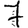
Digit: 7